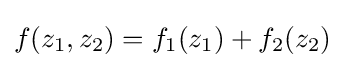
f(z_{1},z_{2})=f_{1}(z_{1})+f_{2}(z_{2})